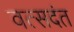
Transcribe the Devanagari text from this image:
वत्सदंत